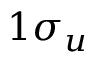
1 \sigma _ { u }